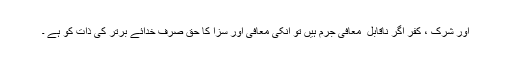
اور شرک ، کفر اگر ناقابل ِ معافی جرم ہیں تو انکی معافی اور سزا کا حق صرف خدائے برتر کی ذات کو ہے ۔